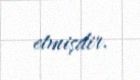
etmişdir.